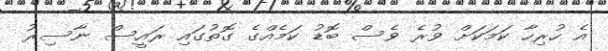
އެ ހުރިހާ ކަމަކަށް ވުރެ ވެސް ބޮޑު ކަމެއްގެ ގޮތުގައި ރައީސް ނާސިރު